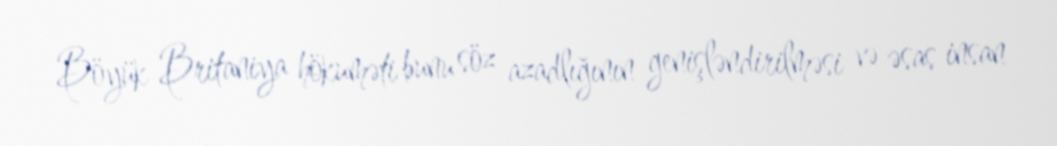
Böyük Britaniya hökuməti bunu söz azadlığının genişləndirilməsi və əsas insan